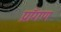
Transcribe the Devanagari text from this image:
प्राँगण